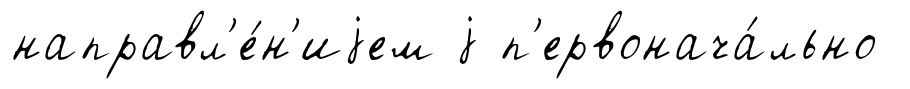
направл'е́н'иjем j п'ервонача́льно